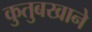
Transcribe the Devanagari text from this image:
कुतुबखाने